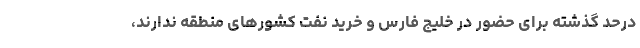
درحد گذشته برای حضور در خلیج فارس و خرید نفت کشورهای منطقه ندارند،